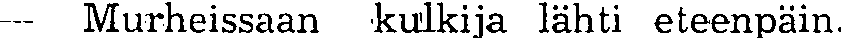
— Murheissaan kulkija lähti eteenpäin.